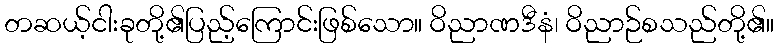
တဆယ့်ငါးခုတို့၏ပြည့်ကြောင်းဖြစ်သော။ ဝိညာဏဒီနံ၊ ဝိညာဉ်စသည်တို့၏။